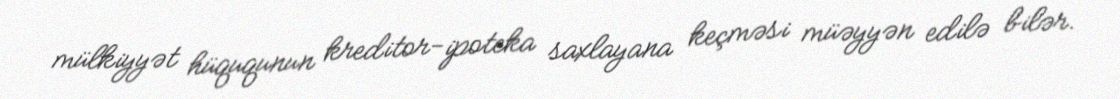
mülkiyyət hüququnun kreditor-ipoteka saxlayana keçməsi müəyyən edilə bilər.